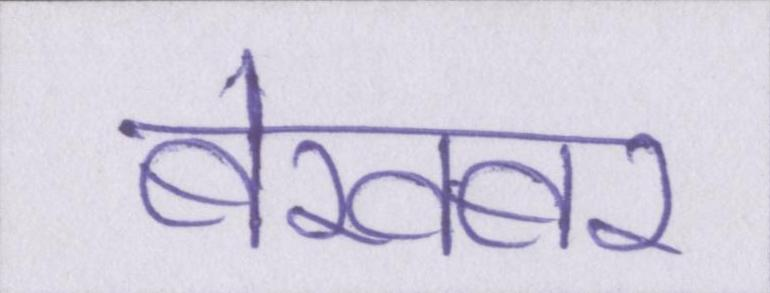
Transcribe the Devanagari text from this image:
बेखबर